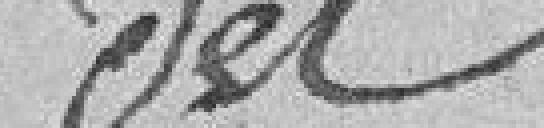
des